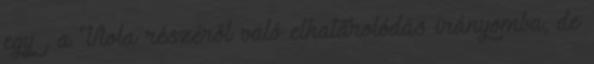
egy , a Viola részéről való elhatárolódás irányomba, de